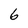
Character: 6